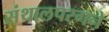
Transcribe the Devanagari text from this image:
संथालपरगने